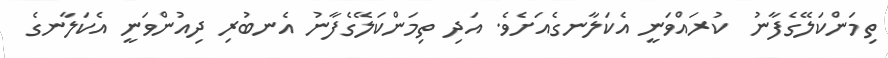
ތިމަންކަލޭގެފާނު  ކުރައްވަނީ އެކަލާނގެއަށެވެ. އަދި ތިމަންކަލޭގެފާނު އެނބުރި ދިއުންވަނީ އެކަލާނގެ